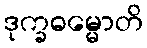
ဒုက္ခဓမ္မောတိ